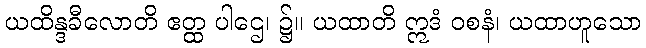
ယထိန္ဒခီလောတိ ဧတ္ထ ပါဌေ၊ ၌။ ယထာတိ ဣဒံ ဝစနံ၊ ယထာဟူသော